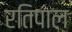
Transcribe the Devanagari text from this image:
रतिपाल